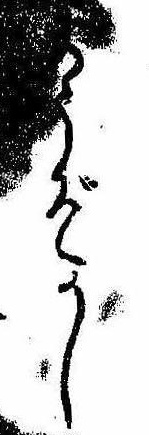
ようぞかし